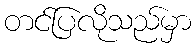
တင်ပြလိုသည်မှာ